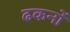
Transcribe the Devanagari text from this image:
ढकनों